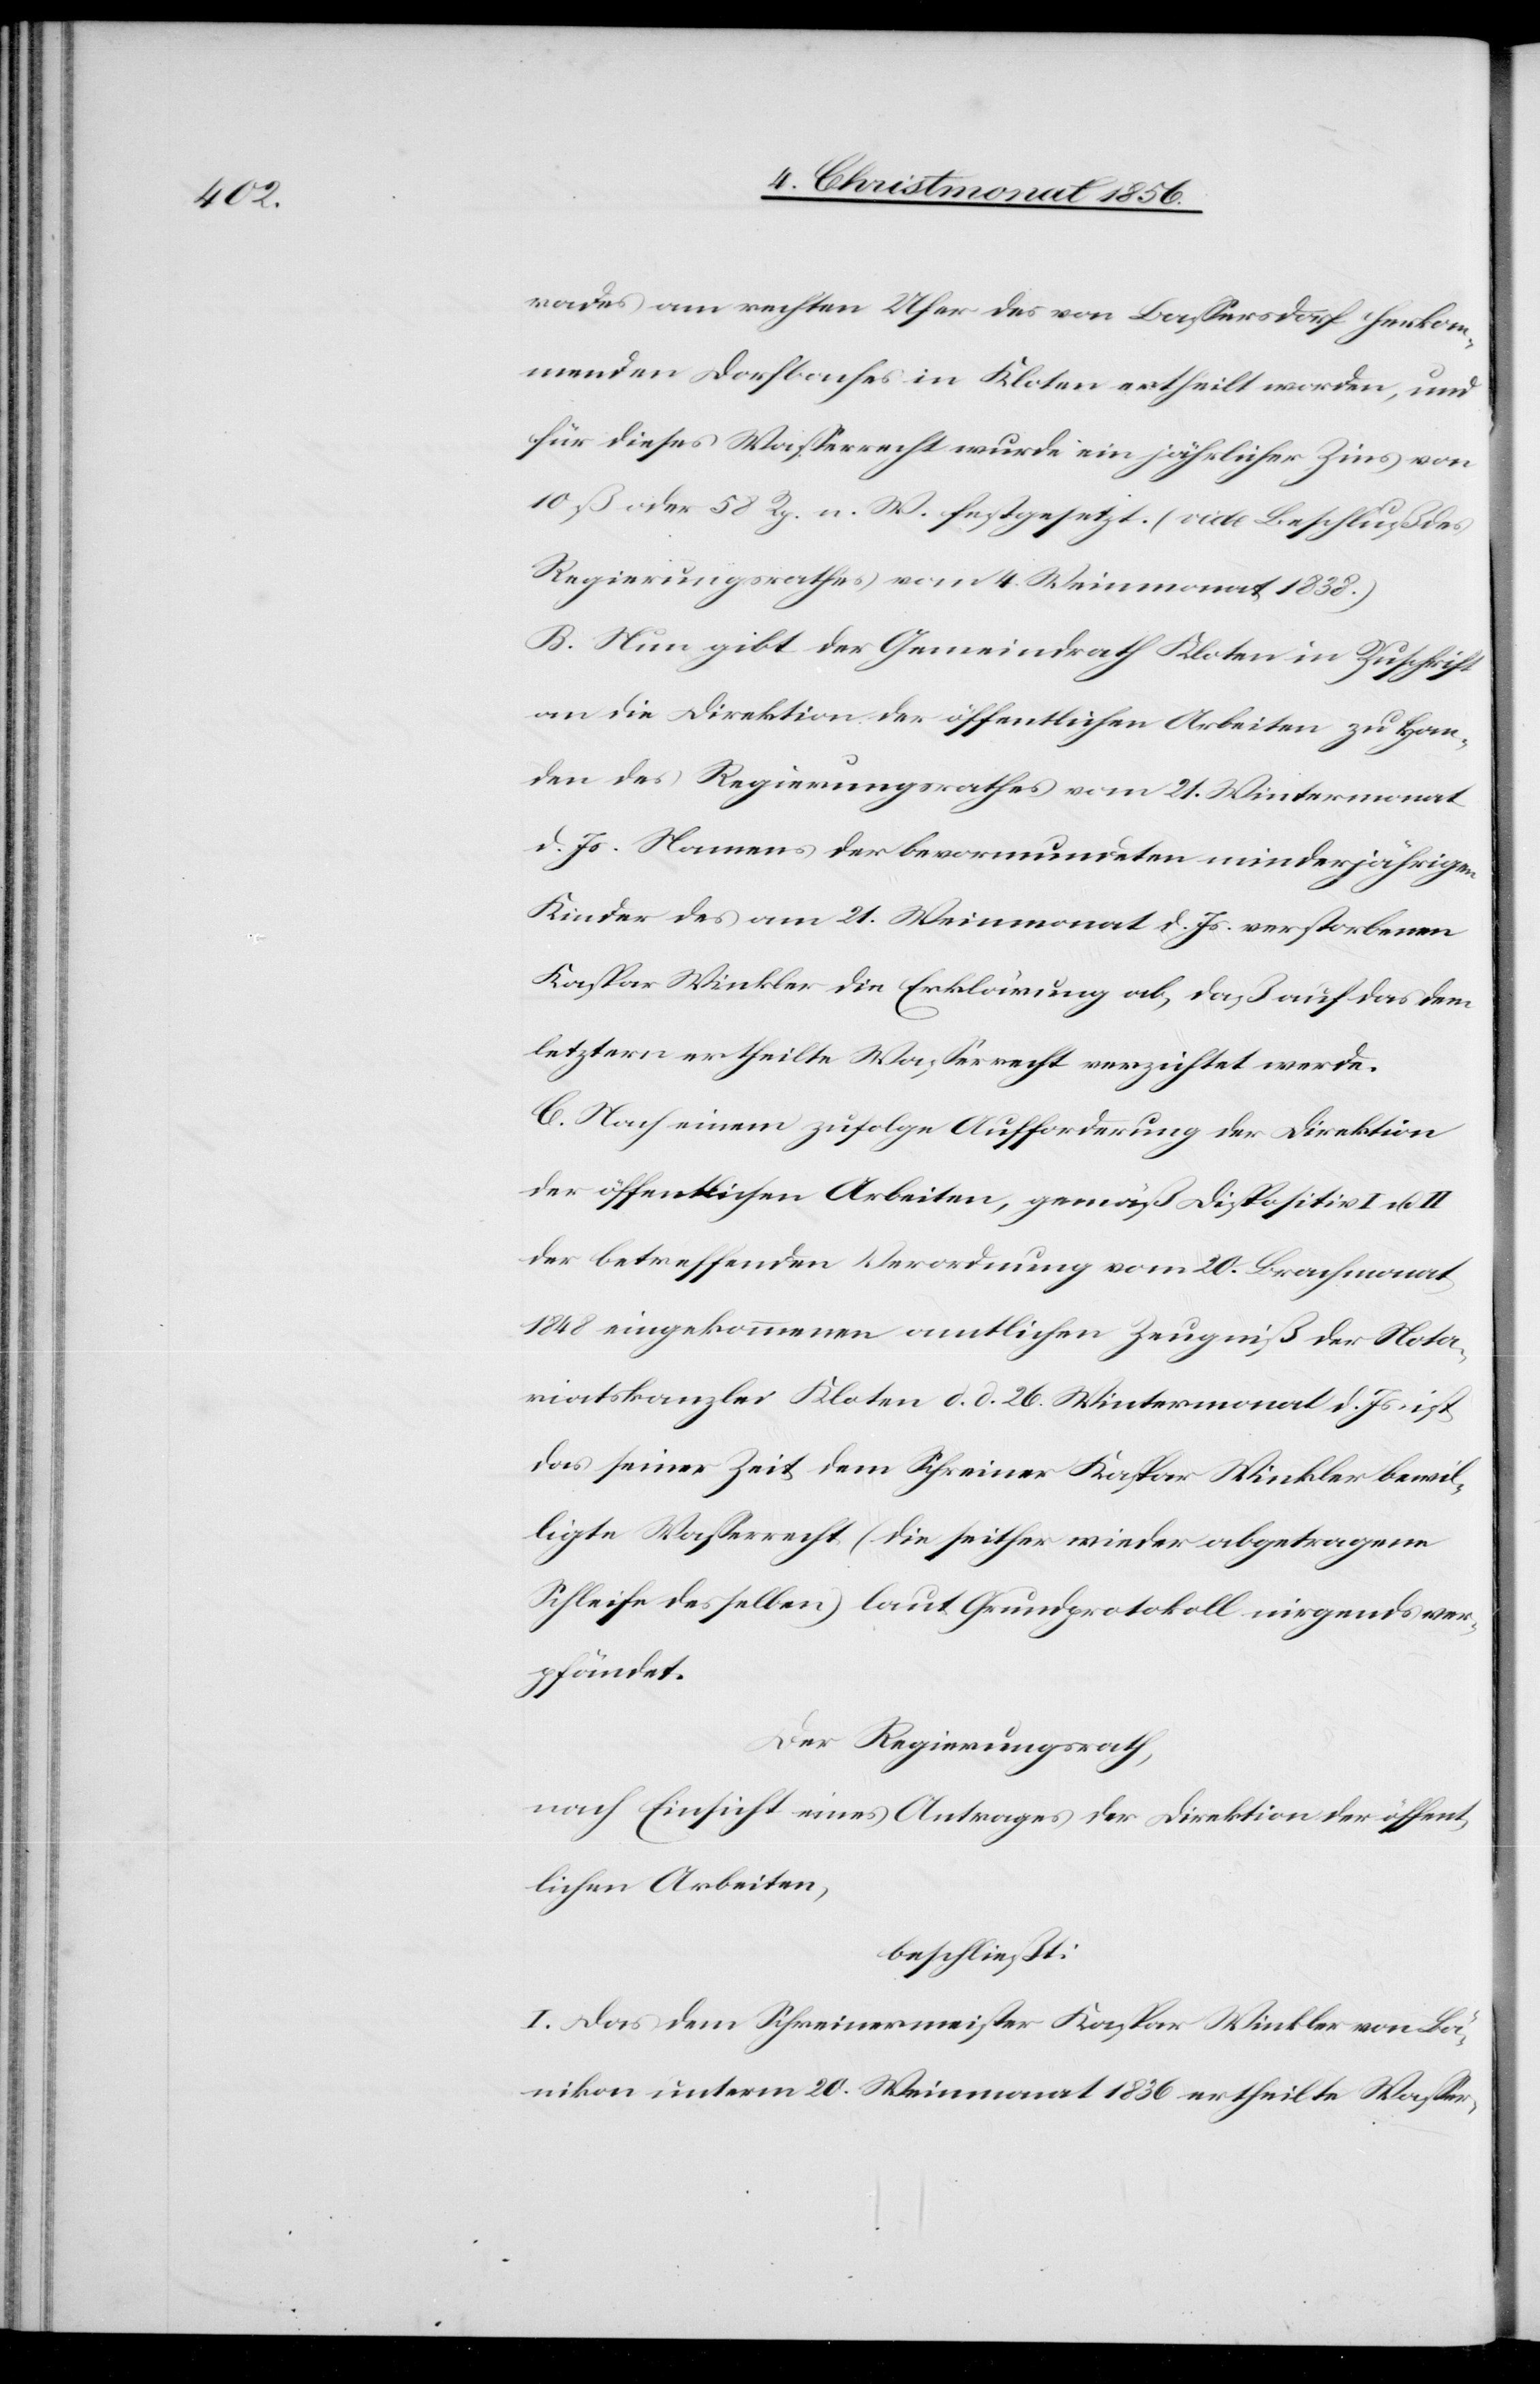
rades am rechten Ufer des von Bassersdorf herkom¬
menden Dorfbaches in Kloten ertheilt worden, und
für dieses Wasserrecht wurde ein jährlicher Zins von
10 ß oder 58 Rp. n. W. festgesetzt. (vide Beschluß des
Regierungsrathes vom 4. Weinmonat 1838.)
B. Nun gibt der Gemeindrath Kloten in Zuschrift
an die Direktion der öffentlichen Arbeiten zu Han¬
den des Regierungsrathes vom 21. Wintermonat
d. Js. Namens der bevormundeten minderjährigen
Kinder des am 21. Weinmonat d. Js. verstorbenen
Kaspar Winkler die Erklärung ab, daß auf das dem
letztern ertheilte Wasserrecht verzichtet werde.
C. Nach einem zufolge Aufforderung der Direktion
der öffentlichen Arbeiten, gemäß Dispositiv I u. II
der betreffenden Verordnung vom 20. Brachmonat
1848 eingekommenen amtlichen Zeugniß der Nota¬
riatskanzlei Kloten d. d. 26. Wintermonat d. Js. ist
das seiner Zeit dem Schreiner Kaspar Winkler bewil¬
ligte Wasserrecht (die seither wieder abgetragene
Schleife desselben) laut Grundprotokoll nirgends ver¬
pfändet.
Der Regierungsrath,
nach Einsicht eines Antrages der Direktion der öffent¬
lichen Arbeiten,
beschließt:
I. Das dem Schreinermeister Kaspar Winkler von Bä¬
nikon unterm 20. Wintermonat 1836 ertheilte Wasser-